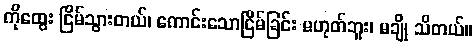
ကိုထွေး ငြိမ်သွားတယ်၊ ကောင်းသောငြိမ်ခြင်း မဟုတ်ဘူး၊ မချို သိတယ်။